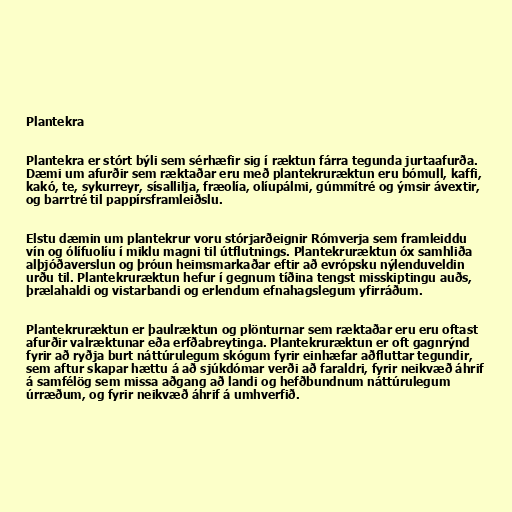
Plantekra

Plantekra er stórt býli sem sérhæfir sig í ræktun fárra tegunda jurtaafurða.
Dæmi um afurðir sem ræktaðar eru með plantekruræktun eru bómull, kaffi,
kakó, te, sykurreyr, sísallilja, fræolía, olíupálmi, gúmmítré og ýmsir ávextir,
og barrtré til pappírsframleiðslu.

Elstu dæmin um plantekrur voru stórjarðeignir Rómverja sem framleiddu
vín og ólífuolíu í miklu magni til útflutnings. Plantekruræktun óx samhliða
alþjóðaverslun og þróun heimsmarkaðar eftir að evrópsku nýlenduveldin
urðu til. Plantekruræktun hefur í gegnum tíðina tengst misskiptingu auðs,
þrælahaldi og vistarbandi og erlendum efnahagslegum yfirráðum.

Plantekruræktun er þaulræktun og plönturnar sem ræktaðar eru eru oftast
afurðir valræktunar eða erfðabreytinga. Plantekruræktun er oft gagnrýnd
fyrir að ryðja burt náttúrulegum skógum fyrir einhæfar aðfluttar tegundir,
sem aftur skapar hættu á að sjúkdómar verði að faraldri, fyrir neikvæð áhrif
á samfélög sem missa aðgang að landi og hefðbundnum náttúrulegum
úrræðum, og fyrir neikvæð áhrif á umhverfið.